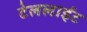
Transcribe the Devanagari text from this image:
टेललाईट